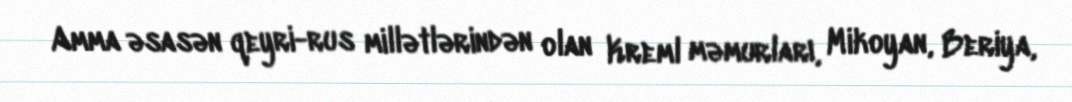
Amma əsasən qeyri-rus millətlərindən olan Kreml məmurları, Mikoyan, Beriya,